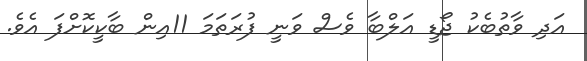
އަދި ވާތުބެކު ޖޯޑީ އަލްބާ ވެސް ވަނީ ފުރަތަމަ 11އިން ބާކީކޮށްފަ އެވެ.